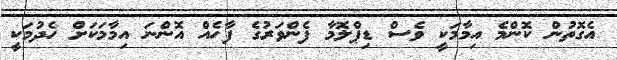
އެގޮތުން ކޮންމެ އިމާމަކީ ވެސް ޑިޕްލޮމާ ފެންވަރުގެ ފާހެއް އޮންނަ އިމާމަކަށް ހެދުމަކީ